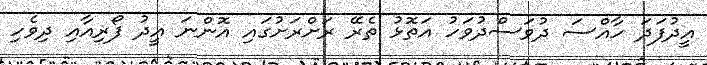
އީދުފަދަ ހާއްސަ ދުވަސްދުވަހު އަތޮޅު ތެރޭ ރަށްރަށުގައި އޮންނަ އީދު ފޯރިއާއި ދިވެހި